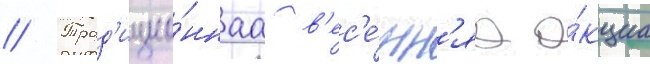
// Трад'ицио́ннаа в'ес'е́нн'яа а́кциа